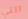
التي